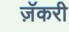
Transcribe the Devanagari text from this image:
ज़ॅकरी